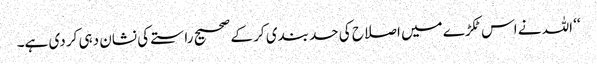
‘‘ اللہ نے اس ٹکڑے میں اصلاح کی حد بندی کر کے صحیح راستے کی نشان دہی کر دی ہے۔